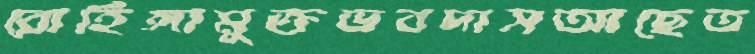
রোহিঙ্গামুক্তভবদাসআছেত